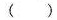
()